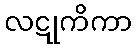
လဋုကိကာ